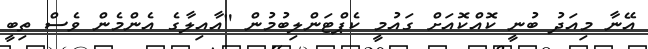
އޭނާ މިއަދު ބުނީ ކޮއްކޮއަށް ގައުމީ ކެޕްޓަންލިބުމުން "އާއިލާގެ އެންމެން ވެސް ތިބީ